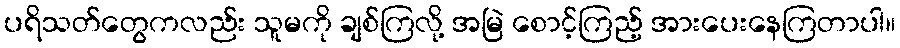
ပရိသတ်တွေကလည်း သူမကို ချစ်ကြလို့ အမြဲ စောင့်ကြည့် အားပေးနေကြတာပါ။